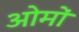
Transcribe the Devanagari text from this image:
ओमों